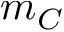
m _ { C }